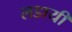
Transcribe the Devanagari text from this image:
लडायी